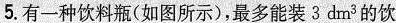
5.有一种饮料瓶（如图所示），最多能装3dm^3的饮